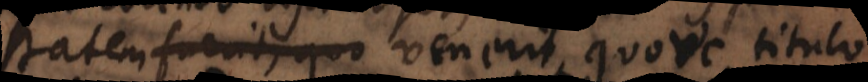
fuerit, quo venerit, quove titulo